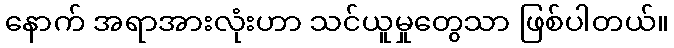
နောက် အရာအားလုံးဟာ သင်ယူမှုတွေသာ ဖြစ်ပါတယ်။